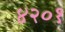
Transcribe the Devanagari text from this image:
४२०१